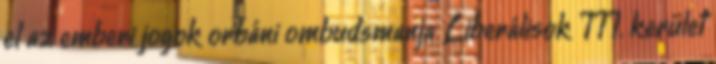
el az emberi jogok orbáni ombudsmanja Liberálisok III. kerület